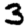
Digit: 3